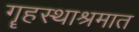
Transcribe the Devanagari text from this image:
गॄहस्थाश्रमात